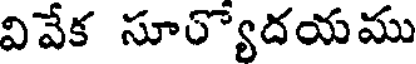
వివేక సూర్యోదయము